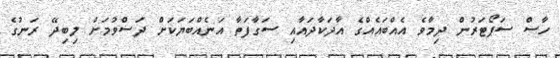
ހާސް ސަޕޯޓަރުން ދިމާވެ އެއްބައެއްގެ އާދަކާދައާއި ސަގާފަތާ އަނެއްބަޔަކަށް ދަސްވުމަށް ލިބިދޭ ރަނުގެ